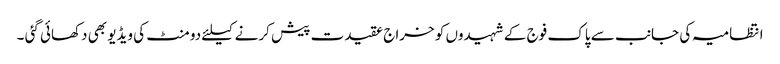
انتظامیہ کی جانب سے پاک فوج کے شہیدوں کو خراج عقیدت پیش کرنے کیلئے دو منٹ کی ویڈیو بھی دکھائی گئی ۔